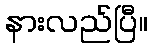
နားလည်ပြီ။